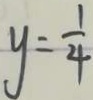
y = \frac { 1 } { 4 }